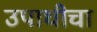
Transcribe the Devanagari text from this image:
उपाधीचा